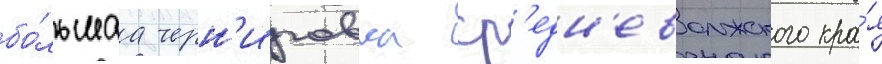
бо́льшаа черн'иговка ср'едн'еволжского кра́я